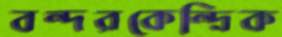
বন্দরকেন্দ্রিক